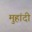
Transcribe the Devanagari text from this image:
मुहांदी